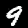
Digit: 9